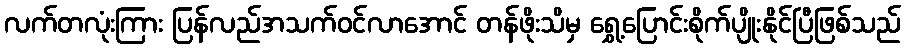
လက်တလုံးကြား ပြန်လည်အသက်ဝင်လာအောင် တန်ဖိုးသိမှ ရွှေ့ပြောင်းစိုက်ပျိုးနိုင်ပြီဖြစ်သည်